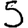
Digit: 5